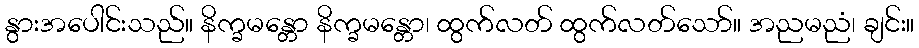
နွားအပေါင်းသည်။ နိက္ခမန္တော နိက္ခမန္တော၊ ထွက်လတ် ထွက်လတ်သော်။ အညမညံ၊ ချင်း။